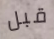
قبل